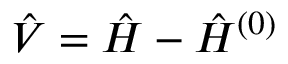
\hat { V } = \hat { H } - \hat { H } ^ { ( 0 ) }